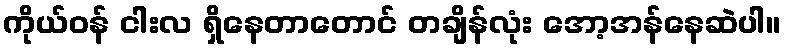
ကိုယ်ဝန် ငါးလ ရှိနေတာတောင် တချိန်လုံး အော့အန်နေဆဲပါ။